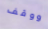
ووقف